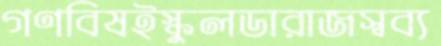
গণবিষইস্কুলডারাজস্বব্য